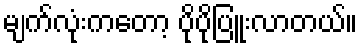
မျက်လုံးကတော့ ပိုပိုပြူးလာတယ်။